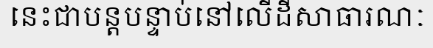
នេះជាបន្តបន្ទាប់នៅលើដីសាធារណៈ